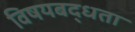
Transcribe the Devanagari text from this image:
विषयबद्धता